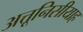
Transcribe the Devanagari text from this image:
अत्तूनिसीयाह